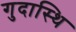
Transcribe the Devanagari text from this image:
गुदास्थि